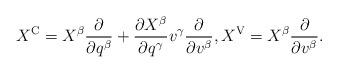
LaTeX: \begin{align*}X^{\rm C} = X^\beta \frac{\partial }{\partial q^\beta} + \frac{\partial X^\beta}{\partial q^\gamma} v^\gamma \frac{\partial}{\partial v^\beta}, X^{\rm V} = X^\beta \frac{\partial}{\partial v^\beta}.\end{align*}